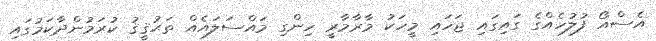
އެސްއޯ ފުލުހެއްގެ ގައިގައި ޖަހައި މީހަކު މާރާމާރީ ހިންގި މައްސަލައެއް ތަޙުޤީޤު ކުރަމުންދާކަމުގައި